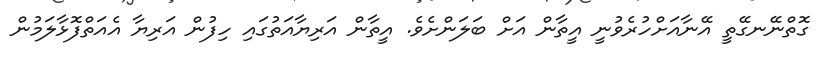
ގޮތްނޭނގޭތީ އޭނާއަށްހުރެވުނީ އީތާން އަށް ބަލަންށެވެ. އީތާން އަރިޔާއަތުގައި ހިފުން އަރިޔާ އެއަތްފޮޅާލަމުން